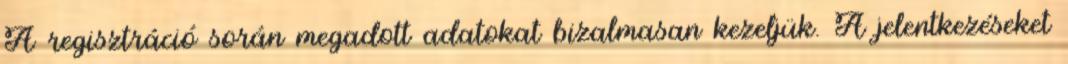
A regisztráció során megadott adatokat bizalmasan kezeljük. A jelentkezéseket